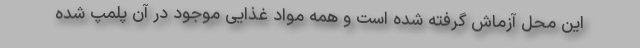
این محل آزماش گرفته شده است و همه مواد غذایی موجود در آن پلمپ شده